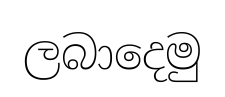
ලබාදෙමු